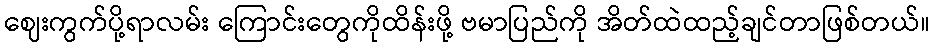
ဈေးကွက်ပို့ရာလမ်း ကြောင်းတွေကိုထိန်းဖို့ ဗမာပြည်ကို အိတ်ထဲထည့်ချင်တာဖြစ်တယ်။